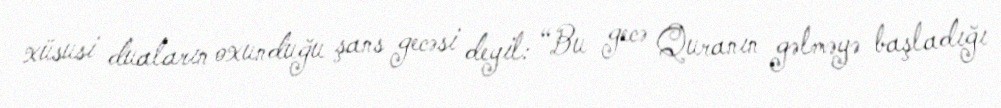
xüsusi duaların oxunduğu şans gecəsi deyil: “Bu gecə Quranın gəlməyə başladığı